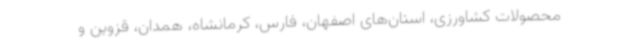
محصولات کشاورزی، استان‌های اصفهان، فارس، کرمانشاه، همدان، قزوین و